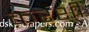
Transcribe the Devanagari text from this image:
क़रशी